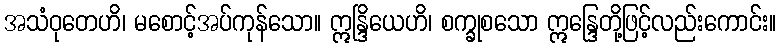
အသံဝုတေဟိ၊ မစောင့်အပ်ကုန်သော။ ဣန္ဒြိယေဟိ၊ စက္ခုစသော ဣန္ဒြေတို့ဖြင့်လည်းကောင်း။